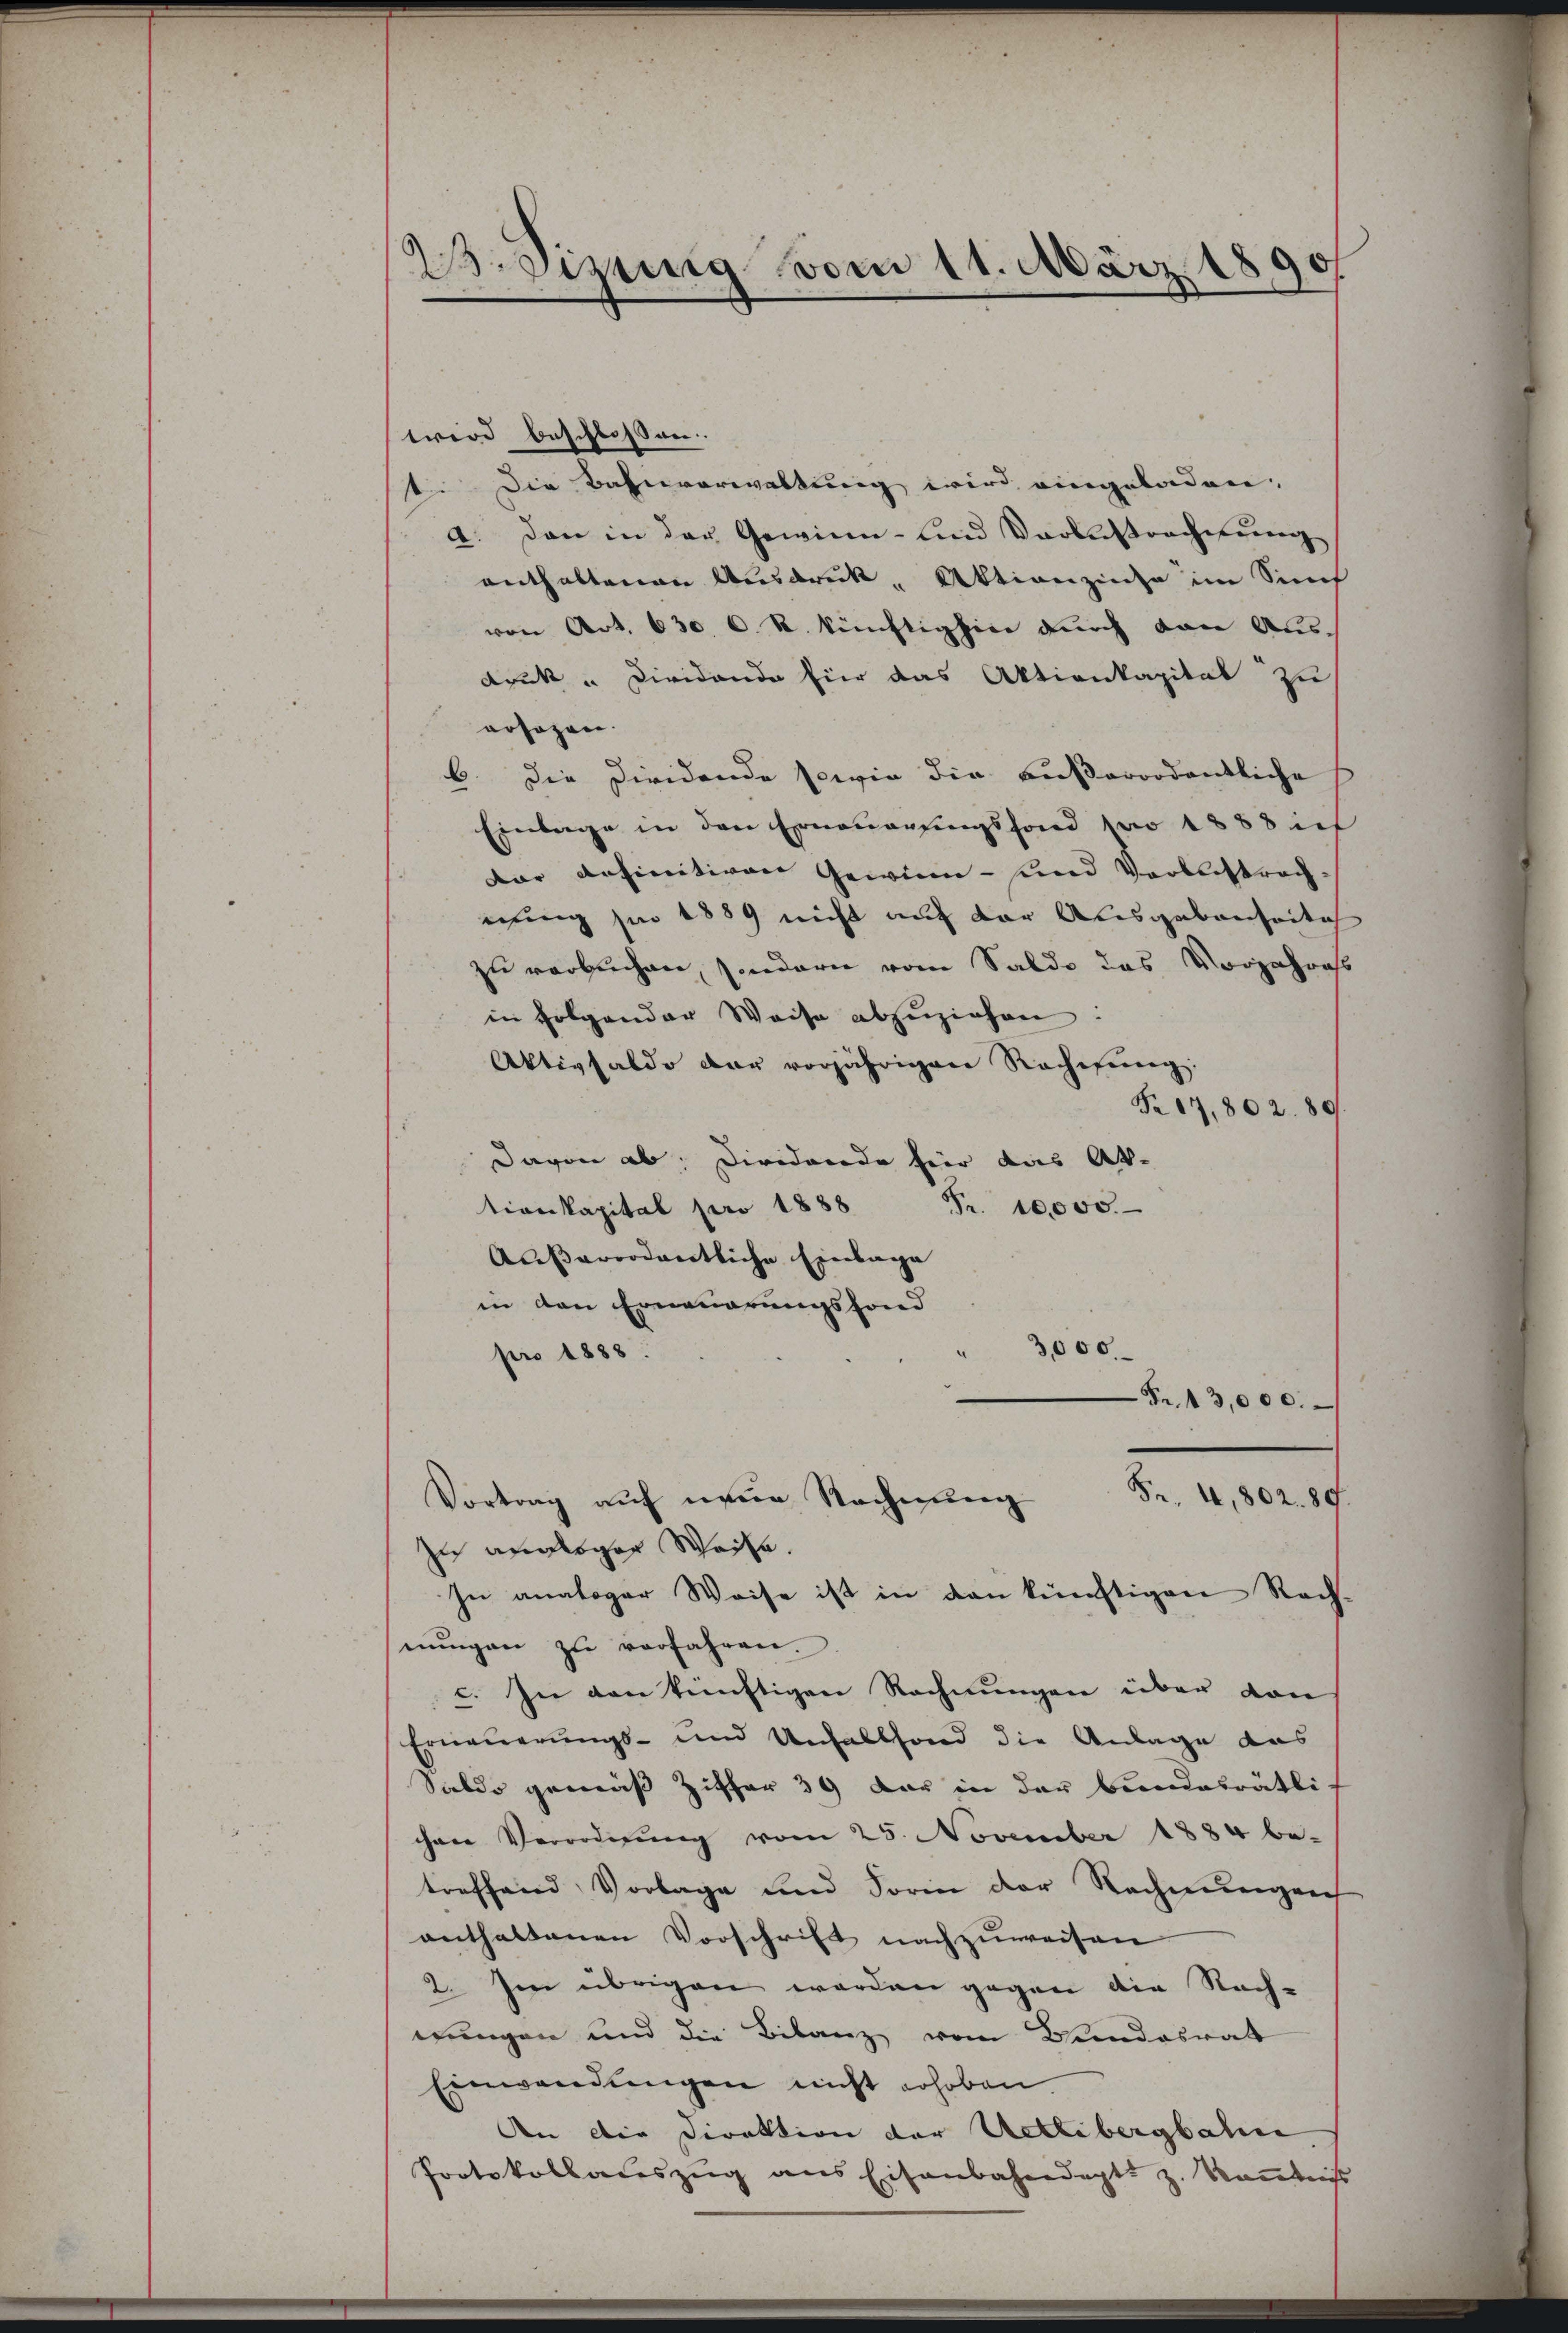
23. Sizung vom 11. März 1890

wird beschlossen.
t. Die Bahnverwaltung wird eingeladen,
a. Dann in der Gewinn- und Vorbestracherung
enthaltenen Ausdruck, Aktienzinse im Sich
von Art. 630, C. R. künftighin durch von Aus-
druk " Dividando für das Aktionkapital zu
ersagen.
b. Die Diridende sowie die außerordentliche
Einlage in den Erneuerdingsfond pro 1888 int
Dar definitiven Gewinn - und Vorbestrachnung je 1889 nicht auf der Ausgabenheite
zu verbuchen, sondern vom Saldo das Vorjahress
in folgender Weise abzŭziehen:
Aktivsaldo der vorjährigen Rechnung:
Nr. 17,802. 89.
Davon ab. Dividando hier das Ak-
tionkapital pro 1888
Fr. 10,000.
Außerordentliche Einlage
in den Erneuerungsfond
3,000
pro 1888.
Fr. 13,000.
Vortrag auf neue Rechnŭng Fr. 4, 802. 89.
zu analoger Weite.
In analoger Weise ist in den künftigen Rech-
nŭngen zŭ verfahren.
c. In den künftigen Rechnungen über von
Erneuerungs- und Unfallfond die Anlage das
Saldo gemäß Ziffer 39 dar in der Bundesrätli
chen Verordnung vom 25. November 1884 be-
treffend Vorlage und Sorin der Rechnungen
anthaltenen Vorschrift nachzuweisen
2. Im übrigen werden gegen die Nach-
wungen und die Bilanz vom Bundesrat
Einwendungen nicht erhoben
An die Direktion der Uetlibergbahne
Protokollaŭszŭg ans Eisenbahndacht z. Keṅtniss